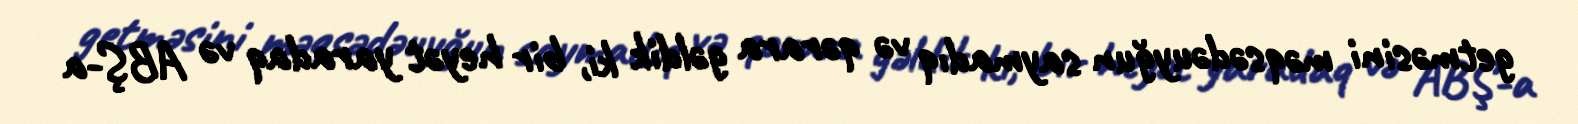
getməsini məqsədəuyğun saymadıq və qərara gəldik ki, bir heyət yaradaq və ABŞ-a